Civil Veterinary Dept. Bombay admin report 1907-1913 - 1907-1913
Year: 1907
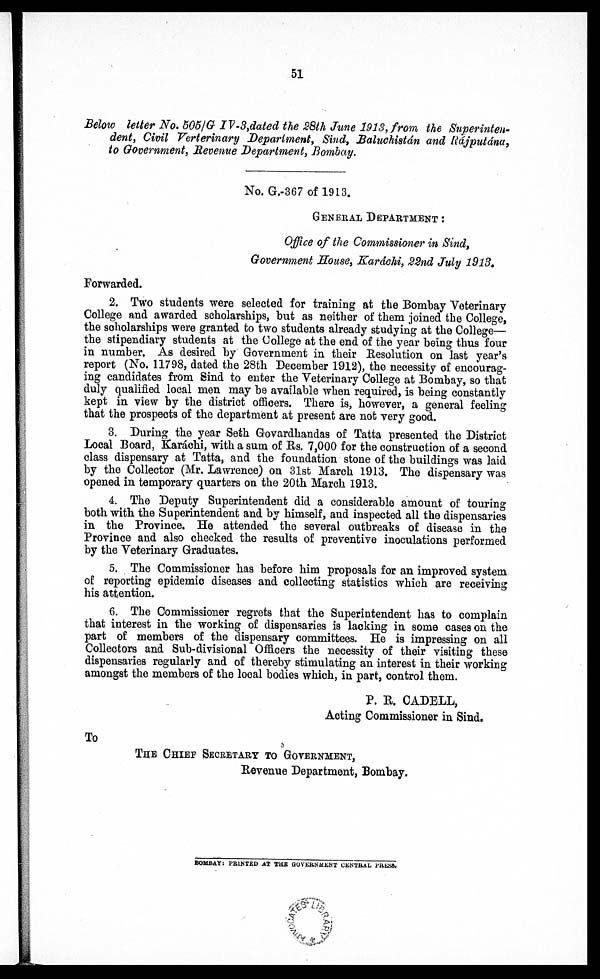
51
Below letter No. 505/G IV-3,dated the 28th June 1913, from the Superinten-
dent, Civil Verterinary Department, Sind, Baluchistán and Rájputána,
to Government, Revenue Department, Bombay.
No. G.-367 of 1913.
GENERAL DEPARTMENT :
Office of the Commissioner in Sind,
Government House, Karáchi, 22nd July 1913.
Forwarded.
2. Two students were selected for training at the Bombay Veterinary
College and awarded scholarships, but as neither of them joined the College,
the scholarships were granted to two students already studying at the College—
the stipendiary students at the College at the end of the year being thus four
in number. As desired by Government in their Resolution on last year's
report (No. 11798, dated the 28th December 1912), the necessity of encourag-
ing candidates from Sind to enter the Veterinary College at Bombay, so that
duly qualified local men may be available when required, is being constantly
kept in view by the district officers. There is, however, a general feeling
that the prospects of the department at present are not very good.
3. During the year Seth Govardhandas of Tatta presented the District
Local Board, Karachi, with a sum of Rs. 7,000 for the construction of a second
class dispensary at Tatta, and the foundation stone of the buildings was laid
by the Collector (Mr. Lawrence) on 31st March 1913. The dispensary was
opened in temporary quarters on the 20th March 1913.
4. The Deputy Superintendent did a considerable amount of touring
both with the Superintendent and by himself, and inspected all the dispensaries
in the Province. He attended the several outbreaks of disease in the
Province and also checked the results of preventive inoculations performed
by the Veterinary Graduates.
5. The Commissioner has before him proposals for an improved system
of reporting epidemic diseases and collecting statistics which are receiving
his attention.
6. The Commissioner regrets that the Superintendent has to complain
that interest in the working of dispensaries is lacking in some cases on the
part of members of the dispensary committees. He is impressing on all
Collectors and Sub-divisional Officers the necessity of their visiting these
dispensaries regularly and of thereby stimulating an interest in their working
amongst the members of the local bodies which, in part, control them.
P. R. CADELL,
Acting Commissioner in Sind.
To
THE CHIEF SECRETARY TO GOVERNMENT,
Revenue Department, Bombay.
BOMBAY: PRINTED AT THE GOVERNMENT CENTRAL PRESS.